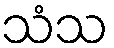
သံသ